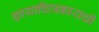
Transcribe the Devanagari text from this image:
छायाचित्रकाराची